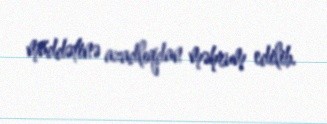
müddətinə azadlıqdan məhrum edilib.